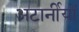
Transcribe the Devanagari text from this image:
अटार्नीयों